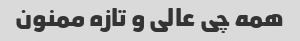
همه چی عالی و تازه ممنون